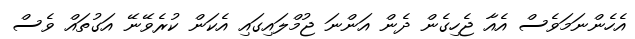
އެހެންނަމަވެސް އެއާ ޖެހިގެން ދެން އަންނަ ޖުމްލައިގައި އެކަން ކުރެވޭނޭ އަގުތައް ވެސް